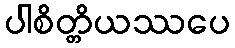
ပါစိတ္တိယဿပေ